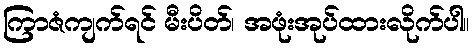
ကြာဇံကျက်ရင် မီးပိတ်၊ အဖုံးအုပ်ထားလိုက်ပါ။